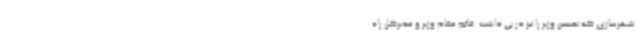
شهرسازی که تحسین وزیر را نیز در پی داشت. قائم مقام وزیر و مدیرکل راه